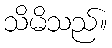
သိမိသည်။